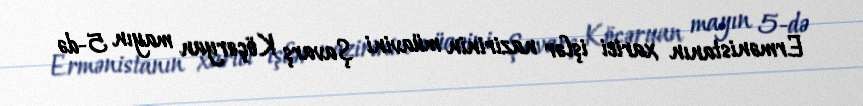
Ermənistanın xarici işlər nazirinin müavini Şavarş Köçəryan mayın 5-də